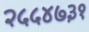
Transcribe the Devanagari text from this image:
२५५४७३१